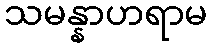
သမန္နာဟရာမ